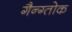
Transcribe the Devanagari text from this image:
गैन्ग्तोक